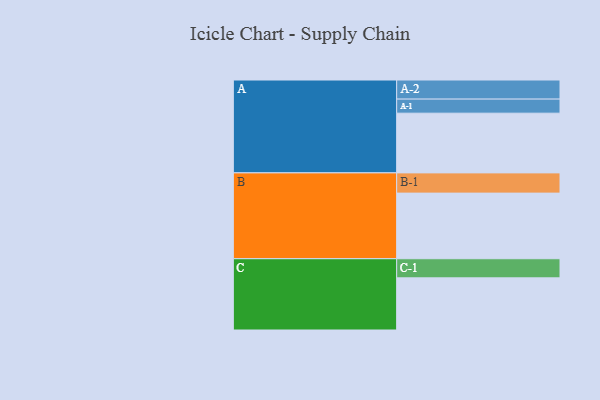
{"axis": {"x": "Segment", "y": "Value"}, "legend": ["", "A", "B", "C"], "data": [{"x": "A", "y": 475, "type": ""}, {"x": "B", "y": 522, "type": ""}, {"x": "C", "y": 415, "type": ""}, {"x": "A-1", "y": 112, "type": "A"}, {"x": "A-2", "y": 152, "type": "A"}, {"x": "B-1", "y": 161, "type": "B"}, {"x": "C-1", "y": 152, "type": "C"}]}